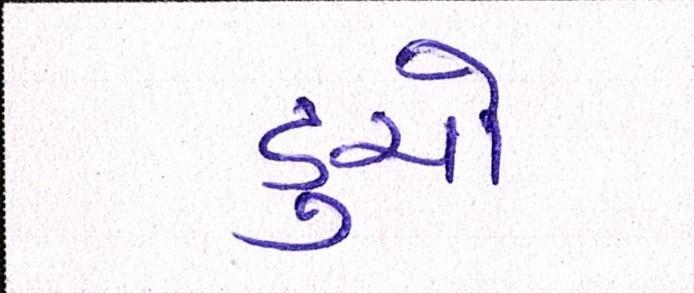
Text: ડુચો